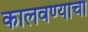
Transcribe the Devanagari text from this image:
कालवण्याचा